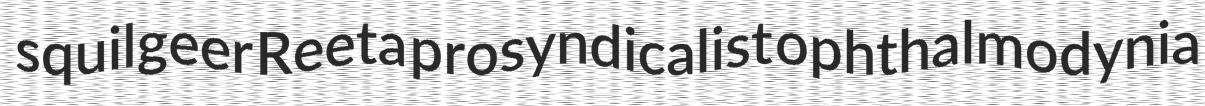
squilgeer Reeta prosyndicalist ophthalmodynia